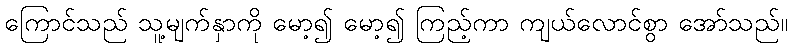
ကြောင်သည် သူ့မျက်နှာကို မော့၍ မော့၍ ကြည့်ကာ ကျယ်လောင်စွာ အော်သည်။